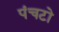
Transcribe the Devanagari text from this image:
पंचटो